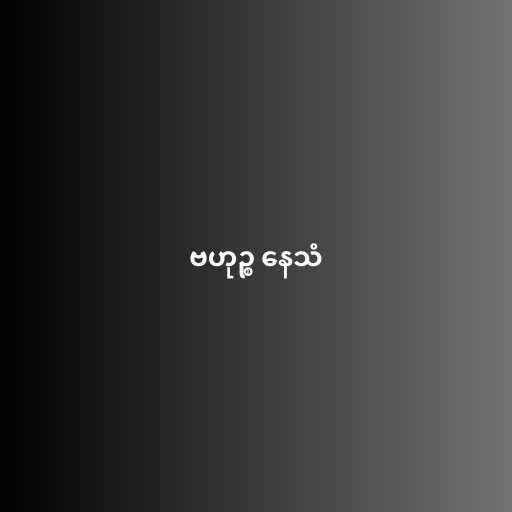
ဗဟုဉ္စ နေသံ